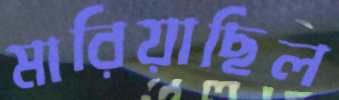
মারিয়াছিল